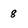
Character: 8